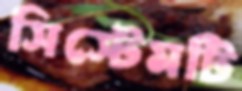
সিস্টেমটি